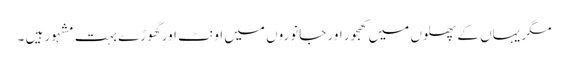
مگر یہاں کے پھلوں میں کھجور اور جانوروں میں اونٹ اور گھوڑے بہت مشہور ہیں ۔